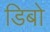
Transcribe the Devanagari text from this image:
डिबो